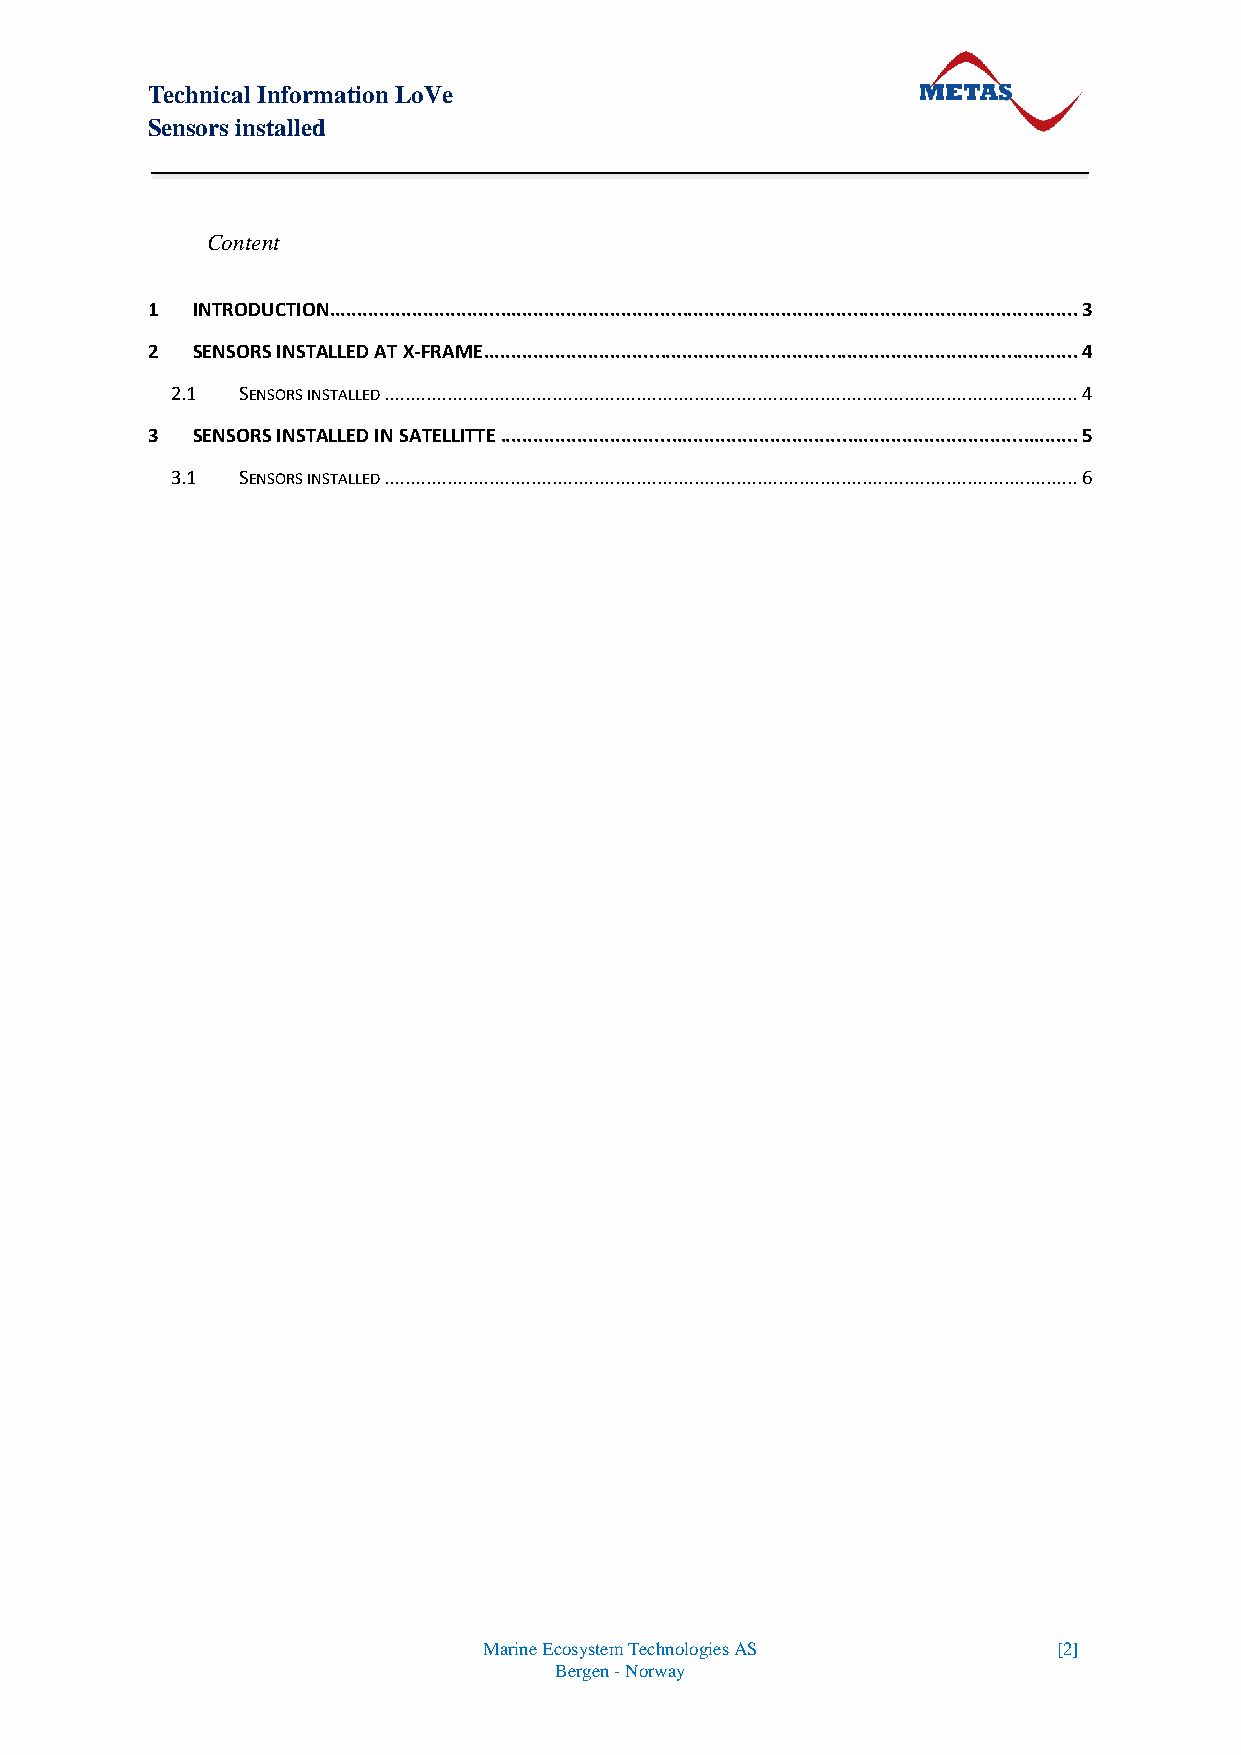
Technical Information LoVe
 Sensors installed
 Content
 1  INTRODUCTION........................................................................................................................................ 3
 2  SENSORS INSTALLED AT X-FRAME ............................................................................................................ 4
 2.1  SENSORS INSTALLED .................................................................................................................................... 4
 3  SENSORS INSTALLED IN SATELLITTE ......................................................................................................... 5
 3.1  SENSORS INSTALLED .................................................................................................................................... 6
 Marine Ecosystem Technologies AS      [2]
 Bergen - Norway